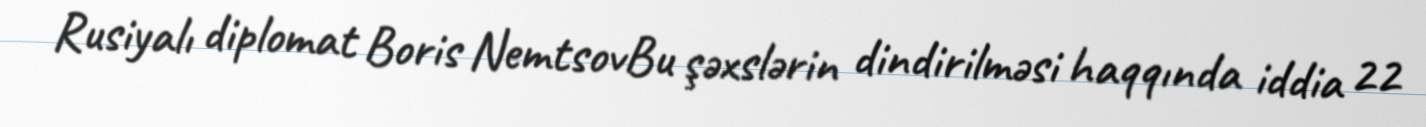
Rusiyalı diplomat Boris NemtsovBu şəxslərin dindirilməsi haqqında iddia 22